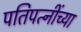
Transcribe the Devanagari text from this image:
पतिपत्‍नींच्या